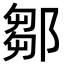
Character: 鄒